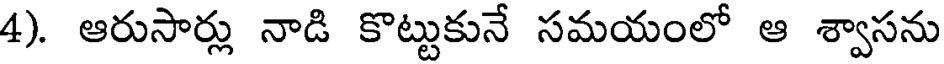
4). ఆరుసార్లు నాడి కొట్టుకునే సమయంలో ఆ శ్వాసను